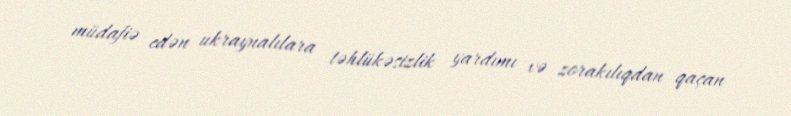
müdafiə edən ukraynalılara təhlükəsizlik yardımı və zorakılıqdan qaçan